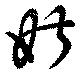
婌